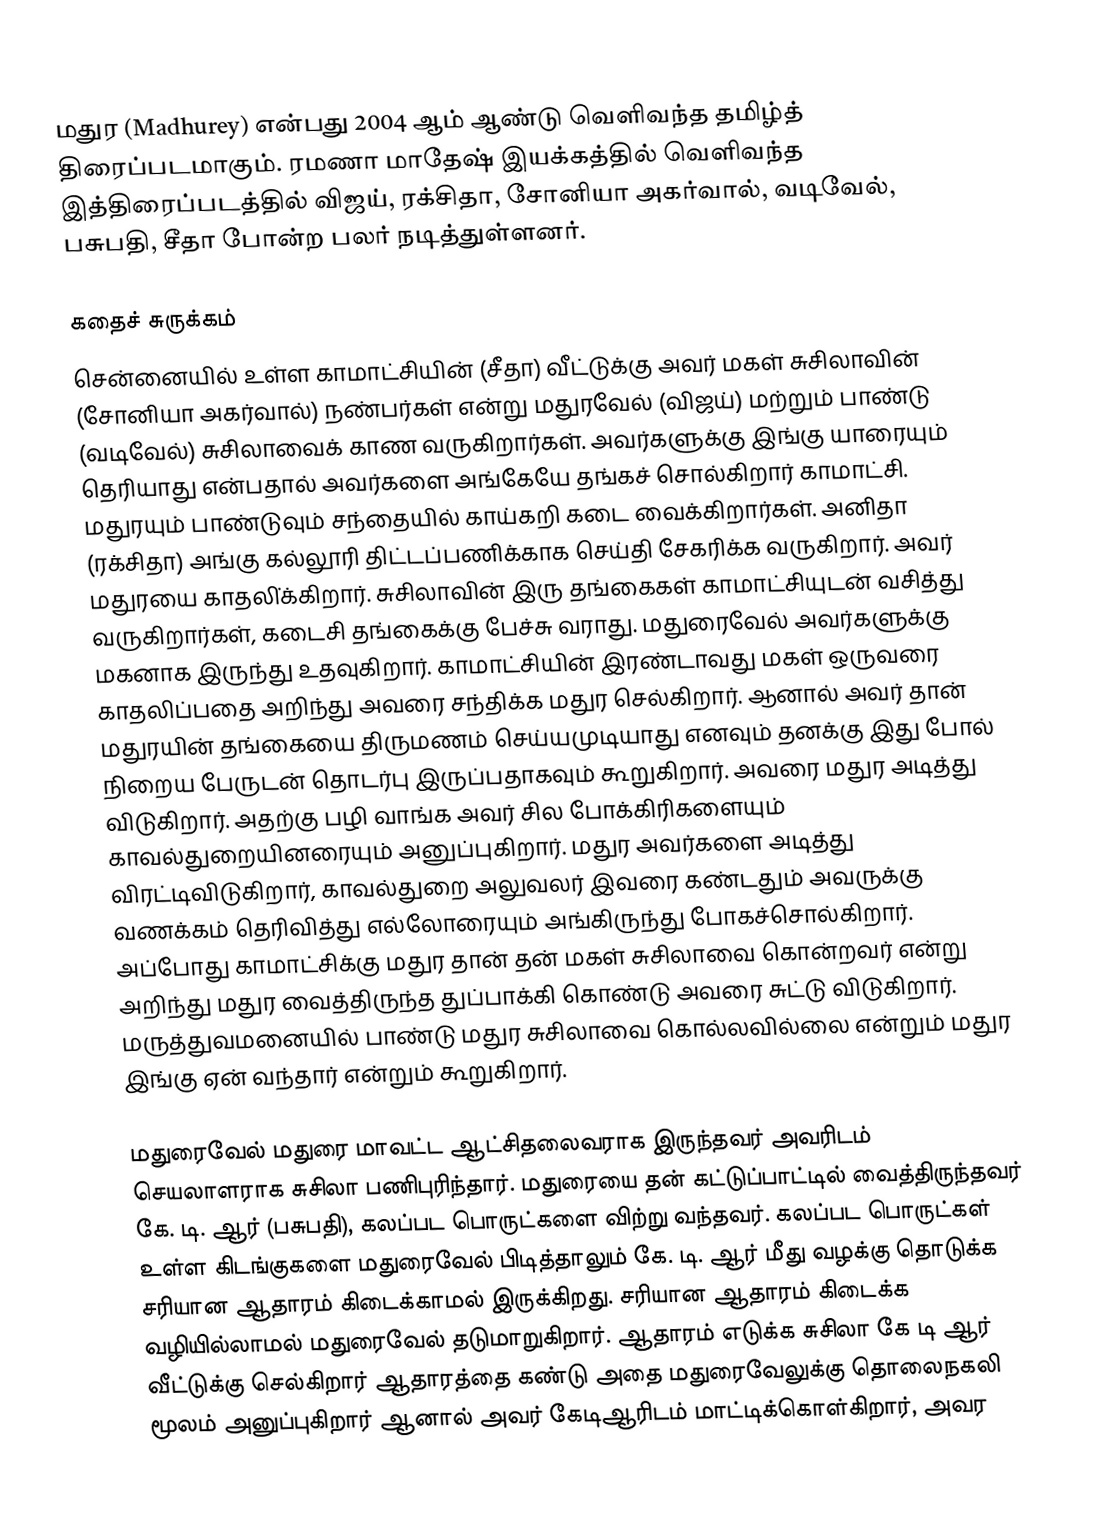
மதுர (Madhurey) என்பது 2004 ஆம் ஆண்டு  வெளிவந்த தமிழ்த் திரைப்படமாகும். ரமணா மாதேஷ் இயக்கத்தில் வெளிவந்த இத்திரைப்படத்தில் விஜய், ரக்சிதா, சோனியா அகர்வால், வடிவேல், பசுபதி, சீதா போன்ற பலர் நடித்துள்ளனர்.

கதைச் சுருக்கம்
சென்னையில் உள்ள காமாட்சியின் (சீதா) வீட்டுக்கு அவர் மகள் சுசிலாவின் (சோனியா அகர்வால்) நண்பர்கள் என்று மதுரவேல் (விஜய்) மற்றும் பாண்டு (வடிவேல்) சுசிலாவைக் காண வருகிறார்கள். அவர்களுக்கு இங்கு யாரையும் தெரியாது என்பதால் அவர்களை அங்கேயே தங்கச் சொல்கிறார் காமாட்சி. மதுரயும் பாண்டுவும் சந்தையில் காய்கறி கடை வைக்கிறார்கள். அனிதா (ரக்சிதா) அங்கு கல்லூரி திட்டப்பணிக்காக செய்தி சேகரிக்க வருகிறார். அவர் மதுரயை காதலி்க்கிறார். சுசிலாவின் இரு தங்கைகள் காமாட்சியுடன் வசித்து வருகிறார்கள், கடைசி தங்கைக்கு பேச்சு வராது. மதுரைவேல் அவர்களுக்கு மகனாக இருந்து உதவுகிறார். காமாட்சியின் இரண்டாவது மகள் ஒருவரை காதலிப்பதை அறிந்து அவரை சந்திக்க மதுர செல்கிறார். ஆனால் அவர் தான் மதுரயின் தங்கையை திருமணம் செய்யமுடியாது எனவும் தனக்கு இது போல் நிறைய பேருடன் தொடர்பு இருப்பதாகவும் கூறுகிறார். அவரை மதுர அடித்து விடுகிறார். அதற்கு பழி வாங்க அவர் சில போக்கிரிகளையும் காவல்துறையினரையும் அனுப்புகிறார். மதுர அவர்களை அடித்து விரட்டிவிடுகிறார், காவல்துறை அலுவலர் இவரை கண்டதும் அவருக்கு வணக்கம் தெரிவித்து எல்லோரையும் அங்கிருந்து போகச்சொல்கிறார். அப்போது காமாட்சிக்கு மதுர தான் தன் மகள் சுசிலாவை கொன்றவர் என்று அறிந்து மதுர வைத்திருந்த துப்பாக்கி கொண்டு அவரை சுட்டு விடுகிறார். மருத்துவமனையில் பாண்டு மதுர சுசிலாவை கொல்லவில்லை என்றும் மதுர இங்கு ஏன் வந்தார் என்றும் கூறுகிறார்.

மதுரைவேல் மதுரை மாவட்ட ஆட்சிதலைவராக இருந்தவர் அவரிடம் செயலாளராக சுசிலா பணிபுரிந்தார். மதுரையை தன் கட்டுப்பாட்டில் வைத்திருந்தவர் கே. டி. ஆர் (பசுபதி), கலப்பட பொருட்களை விற்று வந்தவர். கலப்பட பொருட்கள் உள்ள கிடங்குகளை மதுரைவேல் பிடித்தாலும் கே. டி. ஆர் மீது வழக்கு தொடுக்க சரியான ஆதாரம் கிடைக்காமல் இருக்கிறது. சரியான ஆதாரம் கிடைக்க வழியில்லாமல் மதுரைவேல் தடுமாறுகிறார். ஆதாரம் எடுக்க சுசிலா கே டி ஆர் வீட்டுக்கு செல்கிறார் ஆதாரத்தை கண்டு அதை மதுரைவேலுக்கு தொலைநகலி மூலம் அனுப்புகிறார் ஆனால் அவர் கேடிஆரிடம் மாட்டிக்கொள்கிறார், அவர